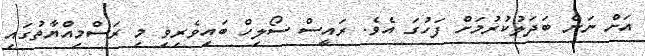
އަށް ނަން ބަދަލުކުރުމަށް ފަހުގަ އެވެ. ރައީސް ސޯލިހް ބައިވެރިވި މި ރަސްމިއްޔާތުގައި